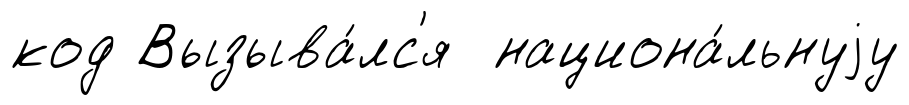
код Вызыва́лс'я национа́льнуjу